Plague in India, 1896, 1897 - Volume 2
Year: 1896
Disease focus: Plague
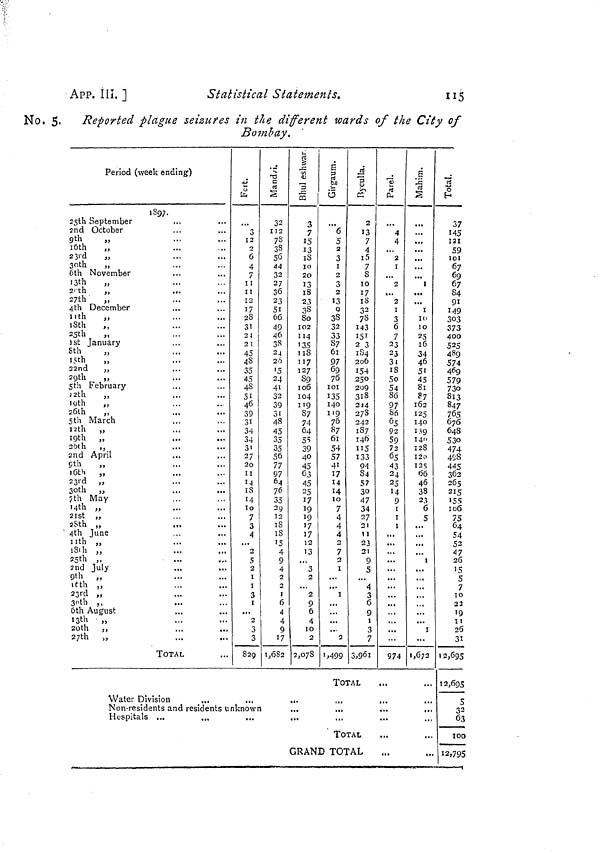
APP. III. ]
Statistical Statements.
115
No. 5. Reported plague seizures in the different wards of the City of
Bombay.
Period (week ending)
1897.
25th September
2nd October
9th
„
l0th
„
23rd
„
30th
„
13th
20th
,,
27th
„
11th „
18th
25th
„
8th
„
22nd
„
12th
„
19th ,,
26th
„
5th March
12th
,
19th "
20th ,
. . . . .
. .
9th
,
. . . . .
16th
,
. . . . .
23rd
,
. . . . .
30th
,
. . . . .
14th „
21St
„
28th „
4th June
. .
11th ,
. . . . .
18ih
,
. . . . .
25th ,
2nd July
. .
...
9th
,
. .
...
16th ,
23rd ,
30th ,
6th August
13th »
20th ,,
27th „
TOTAL
3
12
2
6
4
7
11
11
12
17
28
31
24
23
45
48
35
45
48
51
46
39
31
34
34
31
27
20
11
14
18
14
l0
32
112
78
38
56
44
32
27
36
23
51
66
49
46
38
2 4
20
15
24
41
32
39
31
48
45
35
35
56
77
97
64
76
35
29
7 !
12
3
A
2
5
2
I
I
3
I
...
2
3
3
829
18
18
15
4
9
4
2
2
1
6
4
4
9
17
1,082
3
7
15
13
18
10
20
13
18
23
38
80
102
114
135
118
117
127
89
106
104
119
87
74
64
55
39
40
45
63
45
25
17
19
19
17
17
12
13
3
2
2
9
6
4
10
2
2,078
6
5
2
3
1
3
2
13
9
38
32
33
87
61
97
69
76
101
135
140
119
76
87
61
54
57
41
17
14
14
10
7
4
4
4
7
2
I
I
2
'»499
2
13
7
4
1 5
7
8
10
17
18
32
78
143
I51
2 3
184
206
154
250
209
318
244
278 242
187
146
115
133
94
84
57
30
47
34
27
21
1 1
23
2 1
9
5
4
3
6
9
1
3
7
3,961
4
4
2
I
2
...
2
1
3
6
7
23
23
34
18
50
54
86
97
86
65
92
59
72
65
43
24
25
14
9
1
1
1
...
...
974
...
...
1
...
1
10
10
25
16
34
46
51
45
81
87
162
125
140
139
140
128
I20
I25
66
46
38
23
6
5
.
...
... 1
... 1
1,672
TOTAL
Water Division
...
...
...
,.,
...
Non-residents and residents unknown
Hospitals ...
...
...
...
...
TOTAL
GRAND TOTAL
37
145
121
59
l01
67
69
67
84
91
149
303
373
400
525
489
574
469
579
730
813
847
765
676
648
530
474
498
445
362
265
215
155
1 06
75
64
54
52
47
26
15
5
7
10
22
19
11
26
31
1 2,695
12,695
5
32
63
100
12,795